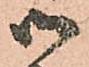
御